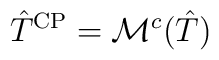
\hat{T}^{\rm CP} = \mathcal{M}^{c}(\hat{T})